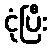
ငုံပြီး